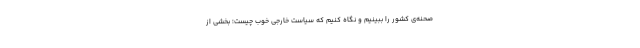
صحنه‌ی کشور را ببینیم و نگاه کنیم که سیاست خارجیِ خوب چیست؛ بخشی از